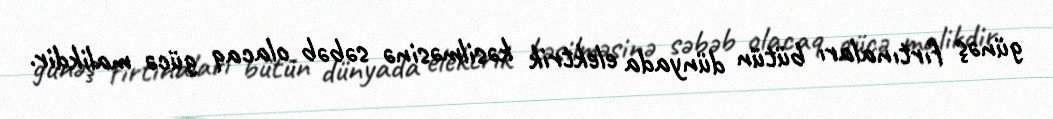
günəş fırtınaları bütün dünyada elektrik kəsilməsinə səbəb olacaq gücə malikdir.